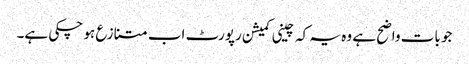
جو بات واضح ہے وہ یہ کہ چینی کمیشن رپورٹ اب متنازع ہو چکی ہے۔